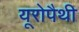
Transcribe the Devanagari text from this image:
यूरोपैथी